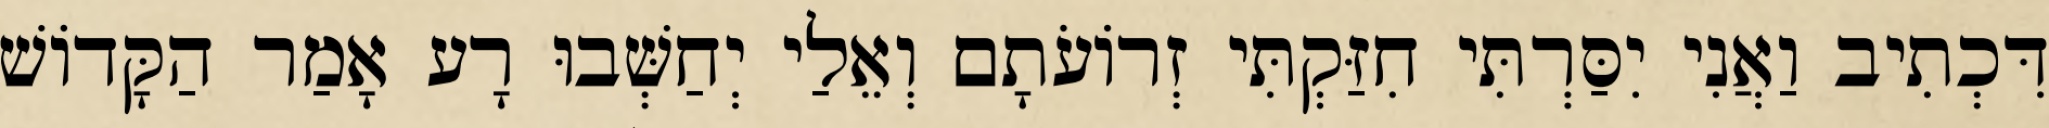
דִּכְתִיב וַאֲנִי יִסַּרְתִּי חִזַּקְתִּי זְרוֹעֹתָם וְאֵלַי יְחַשְּׁבוּ רָע אָמַר הַקָּדוֹשׁ